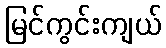
မြင်ကွင်းကျယ်